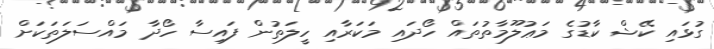
ގުޅައި ކޭޝް ކާޑުގެ މަޢުލޫމާތުތައް ހޯދައި މަކަރާއި ހީލަތުން ފައިސާ ހޯދާ މައްސަލަތަކަށް